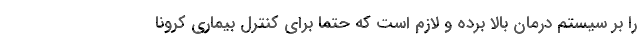
را بر سیستم درمان بالا برده و لازم است که حتما برای کنترل بیماری کرونا